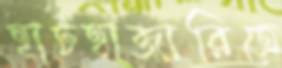
হাটহাজারিতে